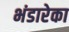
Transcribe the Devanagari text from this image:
भंडारेका